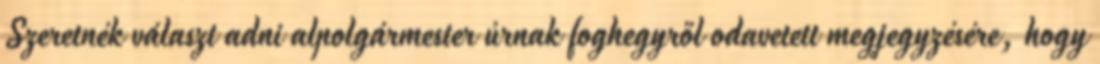
Szeretnék választ adni alpolgármester úrnak foghegyről odavetett megjegyzésére, hogy